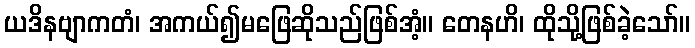
ယဒိနဗျာကတံ၊ အကယ်၍မဖြေဆိုသည်ဖြစ်အံ့။ တေနဟိ၊ ထိုသို့ဖြစ်ခဲ့သော်။